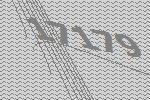
17179